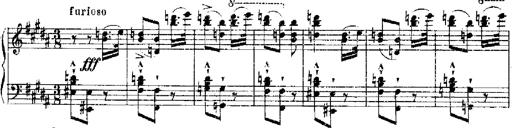
Title: RÃ©miniscences de Robert le diable
Composer: Franz Liszt